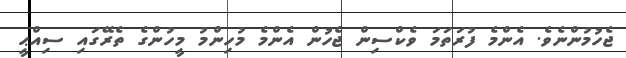
ޖެހުމުންނެވެ. އެންމެ ފުރަތަމަ ވެކްސިން ޖެހުން އެންމެ މުހިންމު މީހުންގެ ތެރޭގައި ސިއްޙީ